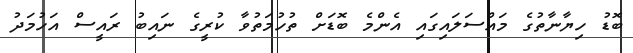
ބޮޑު ހިޔާނާތުގެ މައްސަލައިގައި އެންމެ ބޮޑަށް ތުހުމަތުވާ ކުރީގެ ނައިބު ރައީސް އަހުމަދު